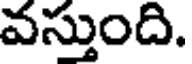
వస్తుంది.